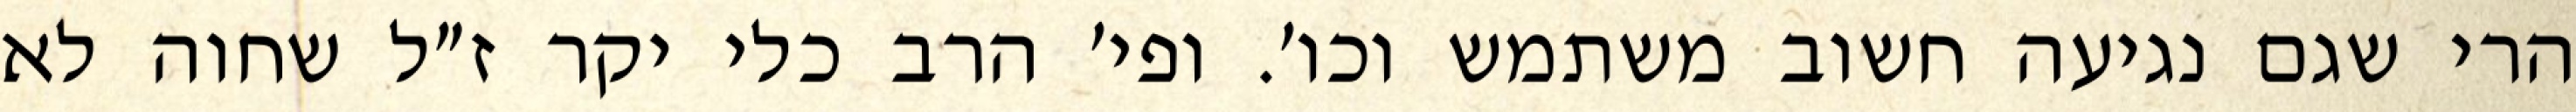
הרי שגם נגיעה חשוב משתמש וכו׳. ופי׳ הרב כלי יקר ז״ל שחוה לא